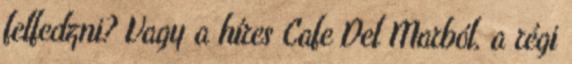
felfedzni? Vagy a híres Cafe Del Marból, a régi